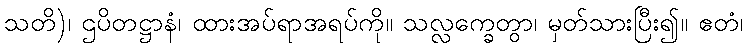
သတိ)၊ ဌပိတဋ္ဌာနံ၊ ထားအပ်ရာအရပ်ကို။ သလ္လက္ခေတွာ၊ မှတ်သားပြီး၍။ ဧတံ၊